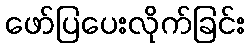
ဖော်ပြပေးလိုက်ခြင်း